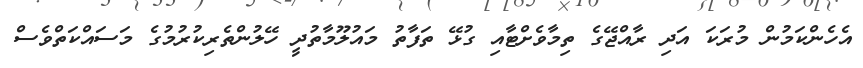
އެހެންކަމުން މުރަކަ އަދި ރާއްޖޭގެ ތިމާވެށްޓާއި ގުޅޭ ތަފާތު މައުލޫމާތުދީ ހޭލުންތެރިކުުރުމުގެ މަސައްކަތްވެސް